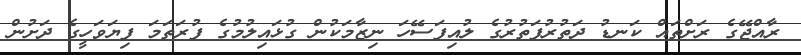
ރާއްޖޭގެ ރަށްތައް ކަނޑު ދަތުރުފަތުރުގެ ލުއިފަސޭހަ ނިޒާމަކުން ގުޅައިލުމުގެ ފުރަތަމަ ފިޔަވަހީގެ ދަށުން